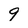
Character: 9